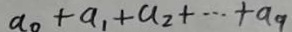
a _ { 0 } + a _ { 1 } + a _ { 2 } + \cdots + a _ { 9 }